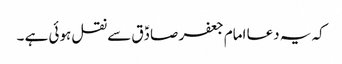
کہ یہ دعا امام جعفر صادؑق سے نقل ہوئی ہے ۔